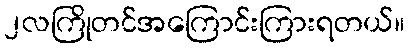
၂လကြိုတင်အကြောင်းကြားရတယ်။